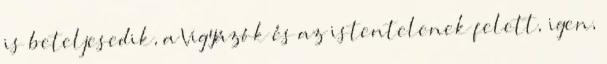
is beteljesedik, a Vigyázók és az istentelenek felett, igen,